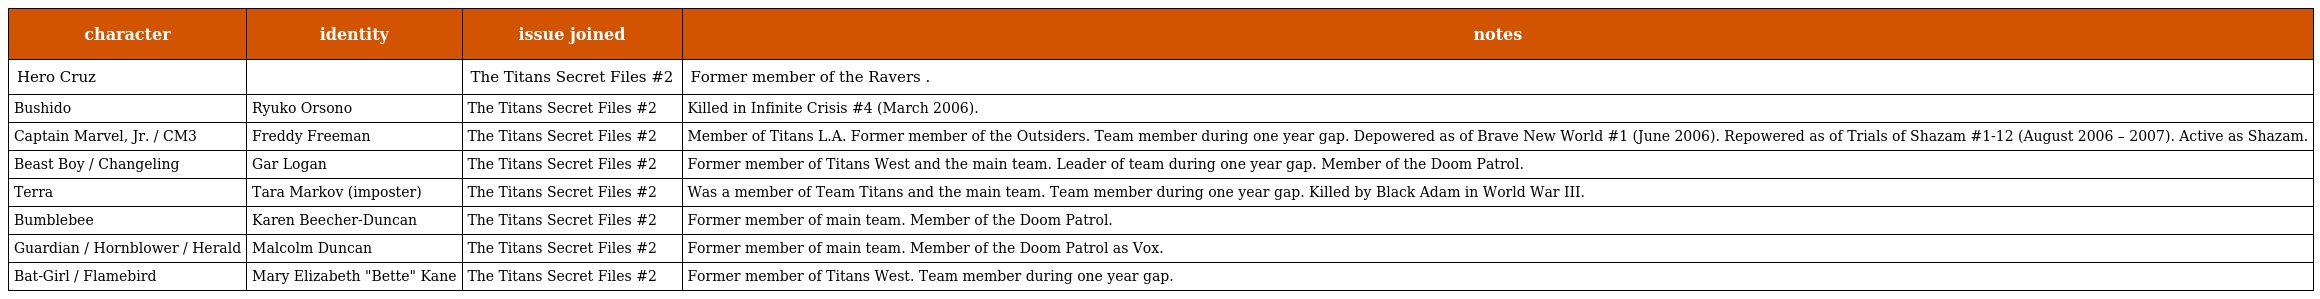
| character | identity | issue joined | notes |
 | --- | --- | --- | --- |
 | Hero Cruz |  | The Titans Secret Files #2 | Former member of the Ravers . |
 | Bushido | Ryuko Orsono | The Titans Secret Files #2 | Killed in Infinite Crisis #4 (March 2006). |
 | Captain Marvel, Jr. / CM3 | Freddy Freeman | The Titans Secret Files #2 | Member of Titans L.A. Former member of the Outsiders. Team member during one year gap. Depowered as of Brave New World #1 (June 2006). Repowered as of Trials of Shazam #1-12 (August 2006 – 2007). Active as Shazam. |
 | Beast Boy / Changeling | Gar Logan | The Titans Secret Files #2 | Former member of Titans West and the main team. Leader of team during one year gap. Member of the Doom Patrol. |
 | Terra | Tara Markov (imposter) | The Titans Secret Files #2 | Was a member of Team Titans and the main team. Team member during one year gap. Killed by Black Adam in World War III. |
 | Bumblebee | Karen Beecher-Duncan | The Titans Secret Files #2 | Former member of main team. Member of the Doom Patrol. |
 | Guardian / Hornblower / Herald | Malcolm Duncan | The Titans Secret Files #2 | Former member of main team. Member of the Doom Patrol as Vox. |
 | Bat-Girl / Flamebird | Mary Elizabeth "Bette" Kane | The Titans Secret Files #2 | Former member of Titans West. Team member during one year gap. |